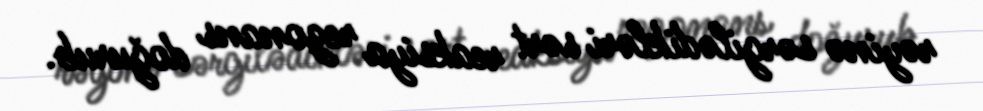
rəyinə sərgilədikləri sərt reaksiya rezonans doğurub.